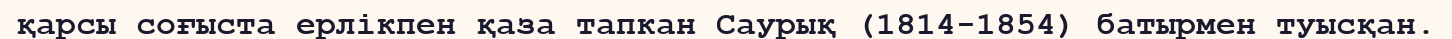
қарсы соғыста ерлікпен қаза тапкан Саурық (1814-1854) батырмен туысқан.